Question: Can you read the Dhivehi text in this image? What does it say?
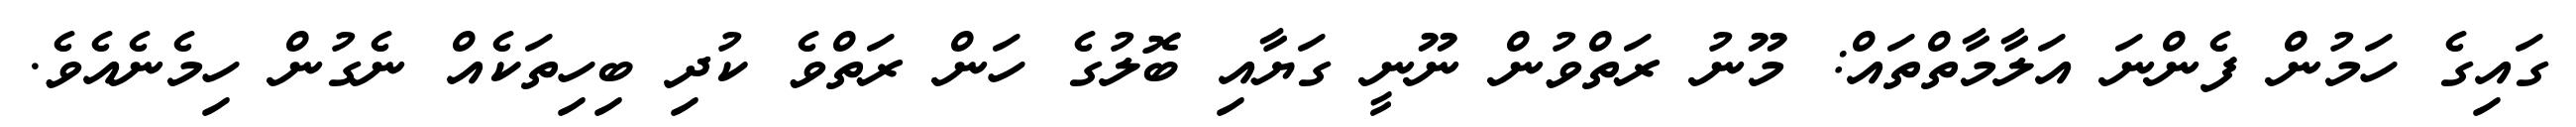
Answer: ގައިގެ ހަމުން ފެންނަ އަލާމާތްތައް: މޫނު ރަތްވުން ނޫނީ ގަޔާއި ބޮލުގެ ހަން ރަތްވެ ކުދި ބިހިތަކެއް ނެގުން ހިމެނެއެވެ.